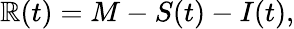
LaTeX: \mathbb{R}(t)=M-S(t)-I(t),